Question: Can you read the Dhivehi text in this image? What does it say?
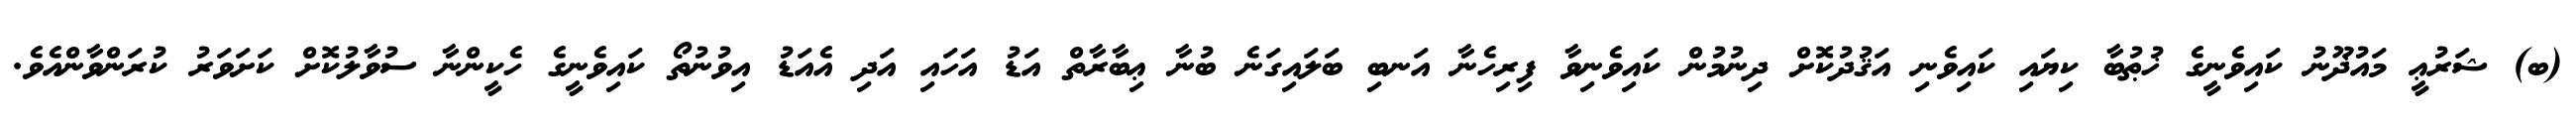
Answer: (ބ) ޝަރުޢީ މައުޛޫނު ކައިވެނީގެ ޚުޠުބާ ކިޔައި ކައިވެނި އަޤުދުކޮށް ދިނުމުން ކައިވެނިވާ ފިރިހެނާ އަނބި ބަލައިގަނެ ބުނާ ޢިބާރާތް އަޑު އަހައި އަދި އެއަޑު އިވުނުތޯ ކައިވެނީގެ ހެކީންނާ ސުވާލުކޮށް ކަށަވަރު ކުރަންވާންއެވެ.